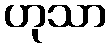
ဟုသာ